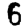
Digit: 6